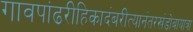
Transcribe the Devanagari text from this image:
गावपांढरीहिकादंबरीत्यानंतरखंडोबायात्रा